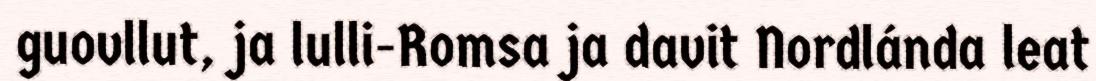
guovllut, ja lulli-Romsa ja davit Nordlánda leat